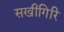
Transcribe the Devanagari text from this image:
सखीगिरि